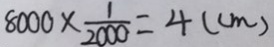
8 0 0 0 \times \frac { 1 } { 2 0 0 0 } = 4 ( c m )